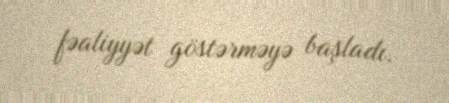
fəaliyyət göstərməyə başladı.